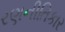
રણનીતિકાર